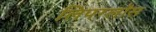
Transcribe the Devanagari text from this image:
लिपग्लॉस